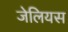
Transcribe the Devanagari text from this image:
जेलियस